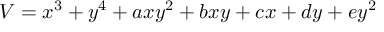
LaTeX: V = x ^ { 3 } + y ^ { 4 } + a x y ^ { 2 } + b x y + c x + d y + e y ^ { 2 }